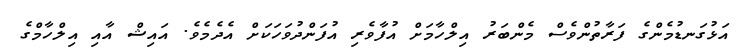
އަޅުގަނޑުމެންގެ ފަރާތުންވެސް މެންބަރު އިލްހާމަށް އުފާވެރި އުފަންދުވަހަކަށް އެދެމެވެ. އައިޝް އާއި އިލްހާމްގެ